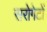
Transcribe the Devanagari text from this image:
सरोगेटों